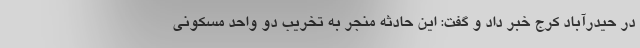
در حیدرآباد کرج خبر داد و گفت: این حادثه منجر به تخریب دو واحد مسکونی